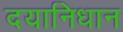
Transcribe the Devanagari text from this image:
दयानिधान